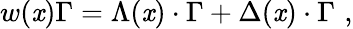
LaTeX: w(\mathit{x})\Gamma=\Lambda(\mathit{x})\cdot\Gamma+\Delta(\mathit{x})\cdot\Gamma\, \, ,